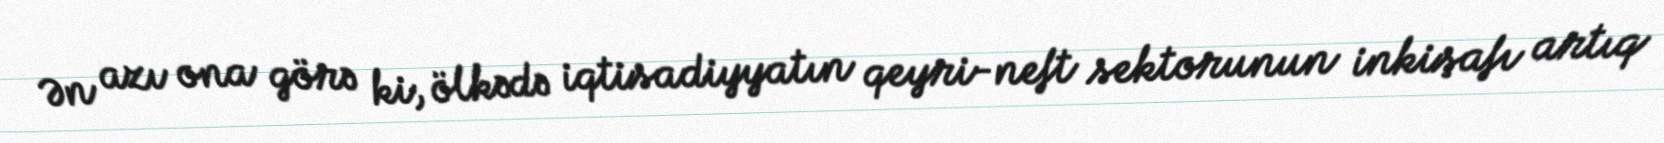
Ən azı ona görə ki, ölkədə iqtisadiyyatın qeyri-neft sektorunun inkişafı artıq